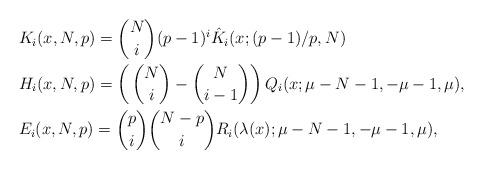
LaTeX: \begin{align*}& K_i(x,N,p)= \binom{N}{i}(p-1)^i \hat K_i(x;(p-1)/p,N)\\ &H_{i}(x,N,p)= \left(\, \binom{N}{i}- \binom{N}{i-1} \right) Q_i(x;\mu-N-1,-\mu-1,\mu),\\ & E_i(x,N,p)=\binom{p}{i} \binom{N-p}{i} R_i(\lambda(x);\mu-N-1,-\mu-1,\mu),\end{align*}